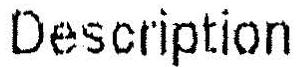
DESCRIPTION